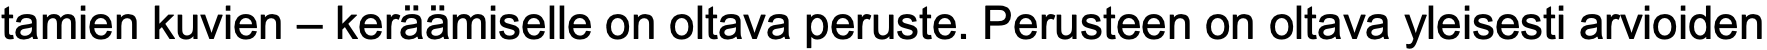
tamien kuvien – keräämiselle on oltava peruste. Perusteen on oltava yleisesti arvioiden